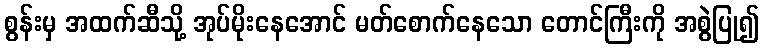
စွန်းမှ အထက်ဆီသို့ အုပ်မိုးနေအောင် မတ်စောက်နေသော တောင်ကြီးကို အစွဲပြု၍